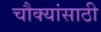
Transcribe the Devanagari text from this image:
चौक्यांसाठी